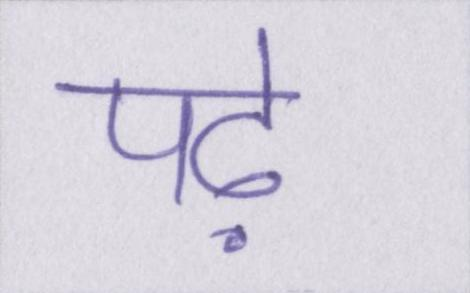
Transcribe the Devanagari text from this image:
पढ़े